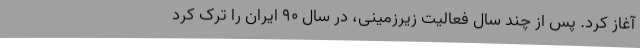
آغاز کرد. پس از چند سال فعالیت زیرزمینی، در سال ۹۰ ایران را ترک کرد